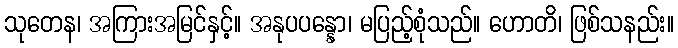
သုတေန၊ အကြားအမြင်နှင့်။ အနုပပန္နော၊ မပြည့်စုံသည်။ ဟောတိ၊ ဖြစ်သနည်း။